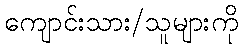
ကျောင်းသား/သူများကို